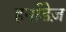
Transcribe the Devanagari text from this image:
हर्नाडेज़